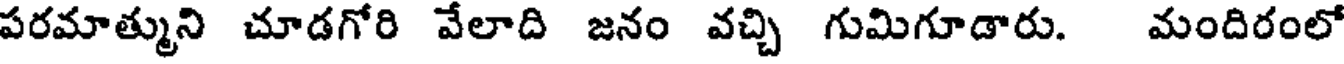
పరమాత్ముని చూడగోరి వేలాది జనం వచ్చి గుమిగూడారు. మందిరంలో